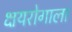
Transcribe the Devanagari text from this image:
क्षयरोगाला